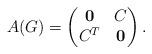
LaTeX: \begin{align*}A(G)=\begin{pmatrix}\mathbf{0}&C\\C^T&\mathbf{0}\end{pmatrix}.\end{align*}